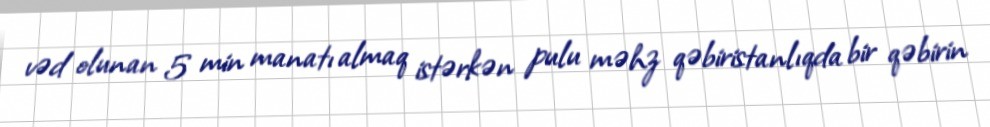
vəd olunan 5 min manatı almaq istərkən pulu məhz qəbiristanlıqda bir qəbirin